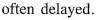
often delayed.